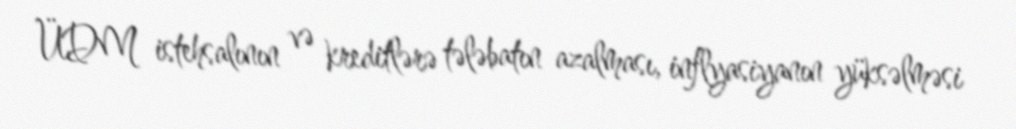
ÜDM istehsalının və kreditlərə tələbatın azalması, inflyasiyanın yüksəlməsi